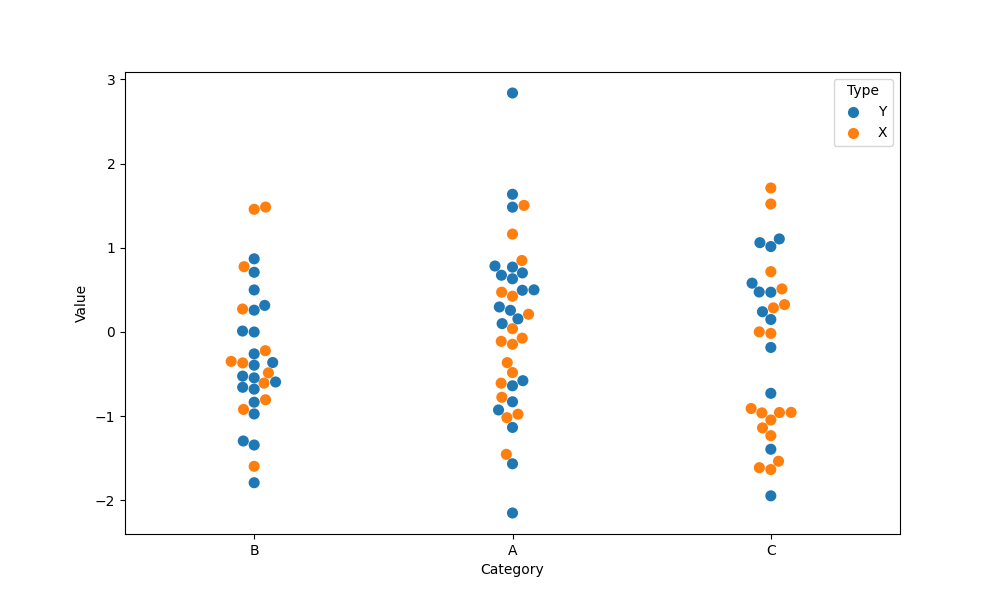
python, seaborn, swarmplot, dodge=False, alpha=1.0, size=8